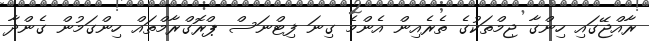
ރާއްޖޭގައި ހިންގާ ޖިމްތަކުގެ ތެރެއިން އެންމެ ގިނަ ފިޓްނަސް ޕްރޮގްރާމްތައް ހިންގަމުން ގެންދާ